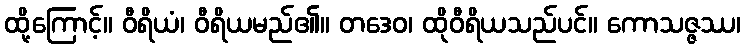
ထို့ကြောင့်။ ဝီရိယံ၊ ဝီရိယမည်၏။ တဒေဝ၊ ထိုဝီရိယသည်ပင်။ ကောသဇ္ဇဿ၊